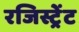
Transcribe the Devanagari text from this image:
रजिस्ट्रेंट